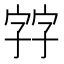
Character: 𡦂